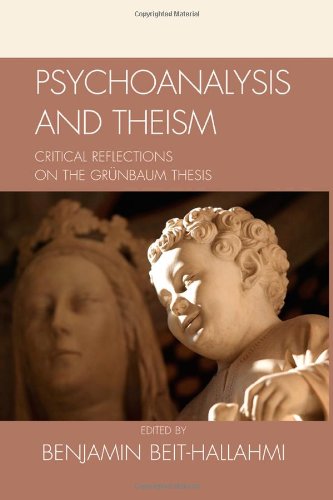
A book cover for Psychoanalysis and Theism: Critical Reflections on the GrÃ¼nbaum Thesis; Benjamin Beit-Hallahmi; Religion & Spirituality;